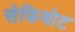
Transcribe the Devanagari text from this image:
सेफियोट